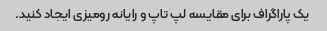
یک پاراگراف برای مقایسه لپ تاپ و رایانه رومیزی ایجاد کنید.